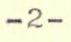
-2-